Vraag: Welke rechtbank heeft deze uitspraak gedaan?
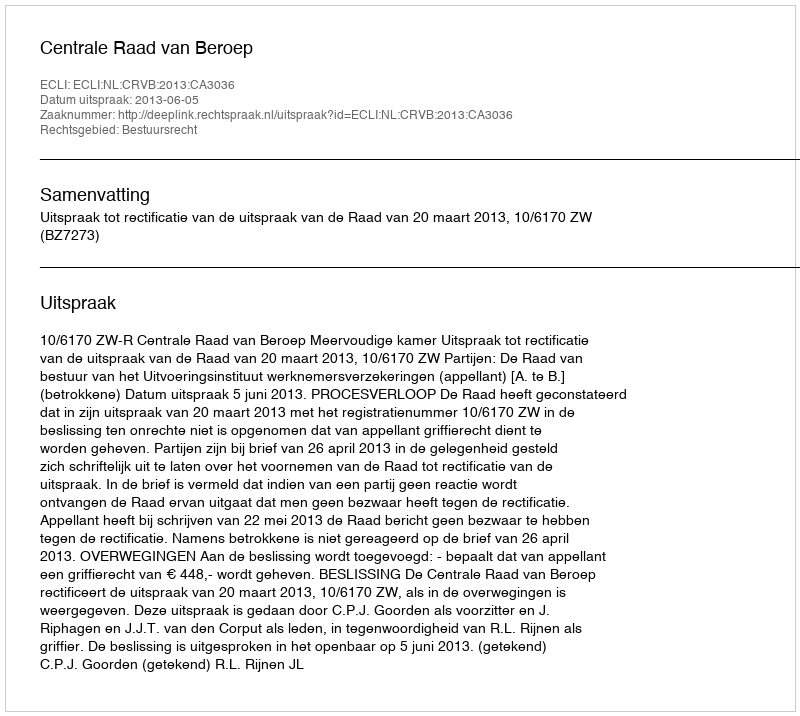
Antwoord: Centrale Raad van Beroep